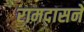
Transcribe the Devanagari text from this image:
रामदासने